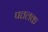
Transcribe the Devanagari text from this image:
पत्तलक